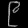
Digit: ၉